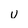
Character: U